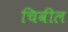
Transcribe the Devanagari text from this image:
चिवील